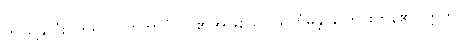
ဤသို့နှလုံးပိုက်၍။ ဂိဟိဘာဝံ၊ လူ၏အဖြစ်သို့။ သင်္ကမန္တိ၊ ပြောင်းကုန်၏။ ဣတိ၊